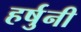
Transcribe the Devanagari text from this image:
हर्षुनी